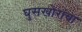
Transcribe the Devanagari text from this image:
घुसखोरांचा